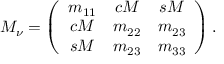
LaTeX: M _ { \nu } = \left( \begin{array} { c c c } { { m _ { 1 1 } } } & { { c M } } & { { s M } } \\ { { c M } } & { { m _ { 2 2 } } } & { { m _ { 2 3 } } } \\ { { s M } } & { { m _ { 2 3 } } } & { { m _ { 3 3 } } } \end{array} \right) .